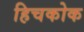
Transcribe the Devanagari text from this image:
हिचकोक